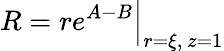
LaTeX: R=re^{A-B}\Big|_{r=\xi,\, z=1}